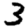
Digit: 3